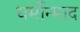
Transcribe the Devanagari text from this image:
धर्मोन्माद